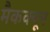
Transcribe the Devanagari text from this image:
मैकक्यून